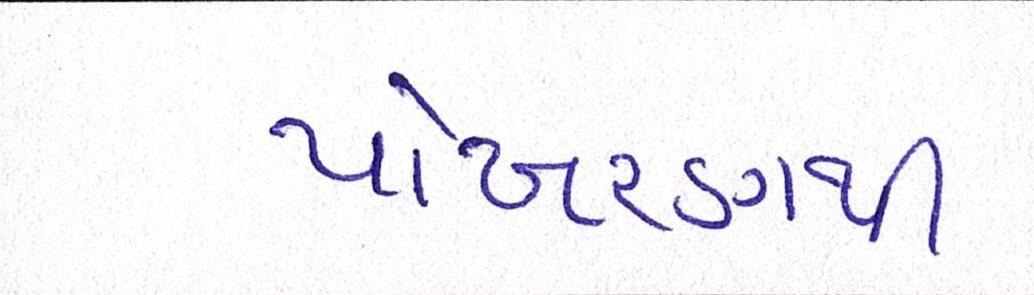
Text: પોખરણથી